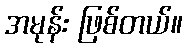
အမုန်း ဖြစ်တယ်။